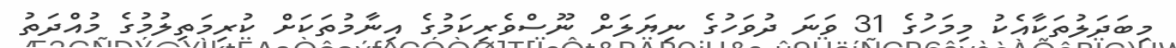
މިބަދަލުތަކާއެކު މިމަހުގެ 31 ވަނަ ދުވަހުގެ ނިޔަލަށް ނޫސްވެރިކަމުގެ އިނާމުތަކަށް ކުރިމަތިލުމުގެ މުއްދަތު